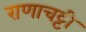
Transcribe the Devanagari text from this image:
राणाचट्टी